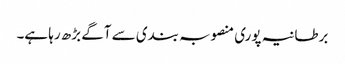
برطانیہ پوری منصوبہ بندی سے آگے بڑھ رہا ہے۔